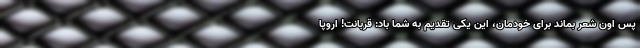
پس اون شعر بماند برای خودمان، این یکی تقدیم به شما باد: قربانت! اروپا